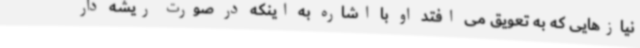
نیازهایی که به تعویق می افتد او با اشاره به اینکه در صورت ریشه دار